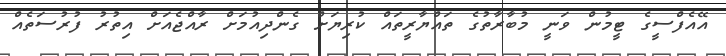
އޭއެފްސީގެ ޓީމުން ވަނީ މުބާރާތުގެ ތައްޔާރީތައް ކުރިޔަށް ގެންދިއުމަށް ރާއްޖެއަށް އިތުރު ފުރުސަތެއް